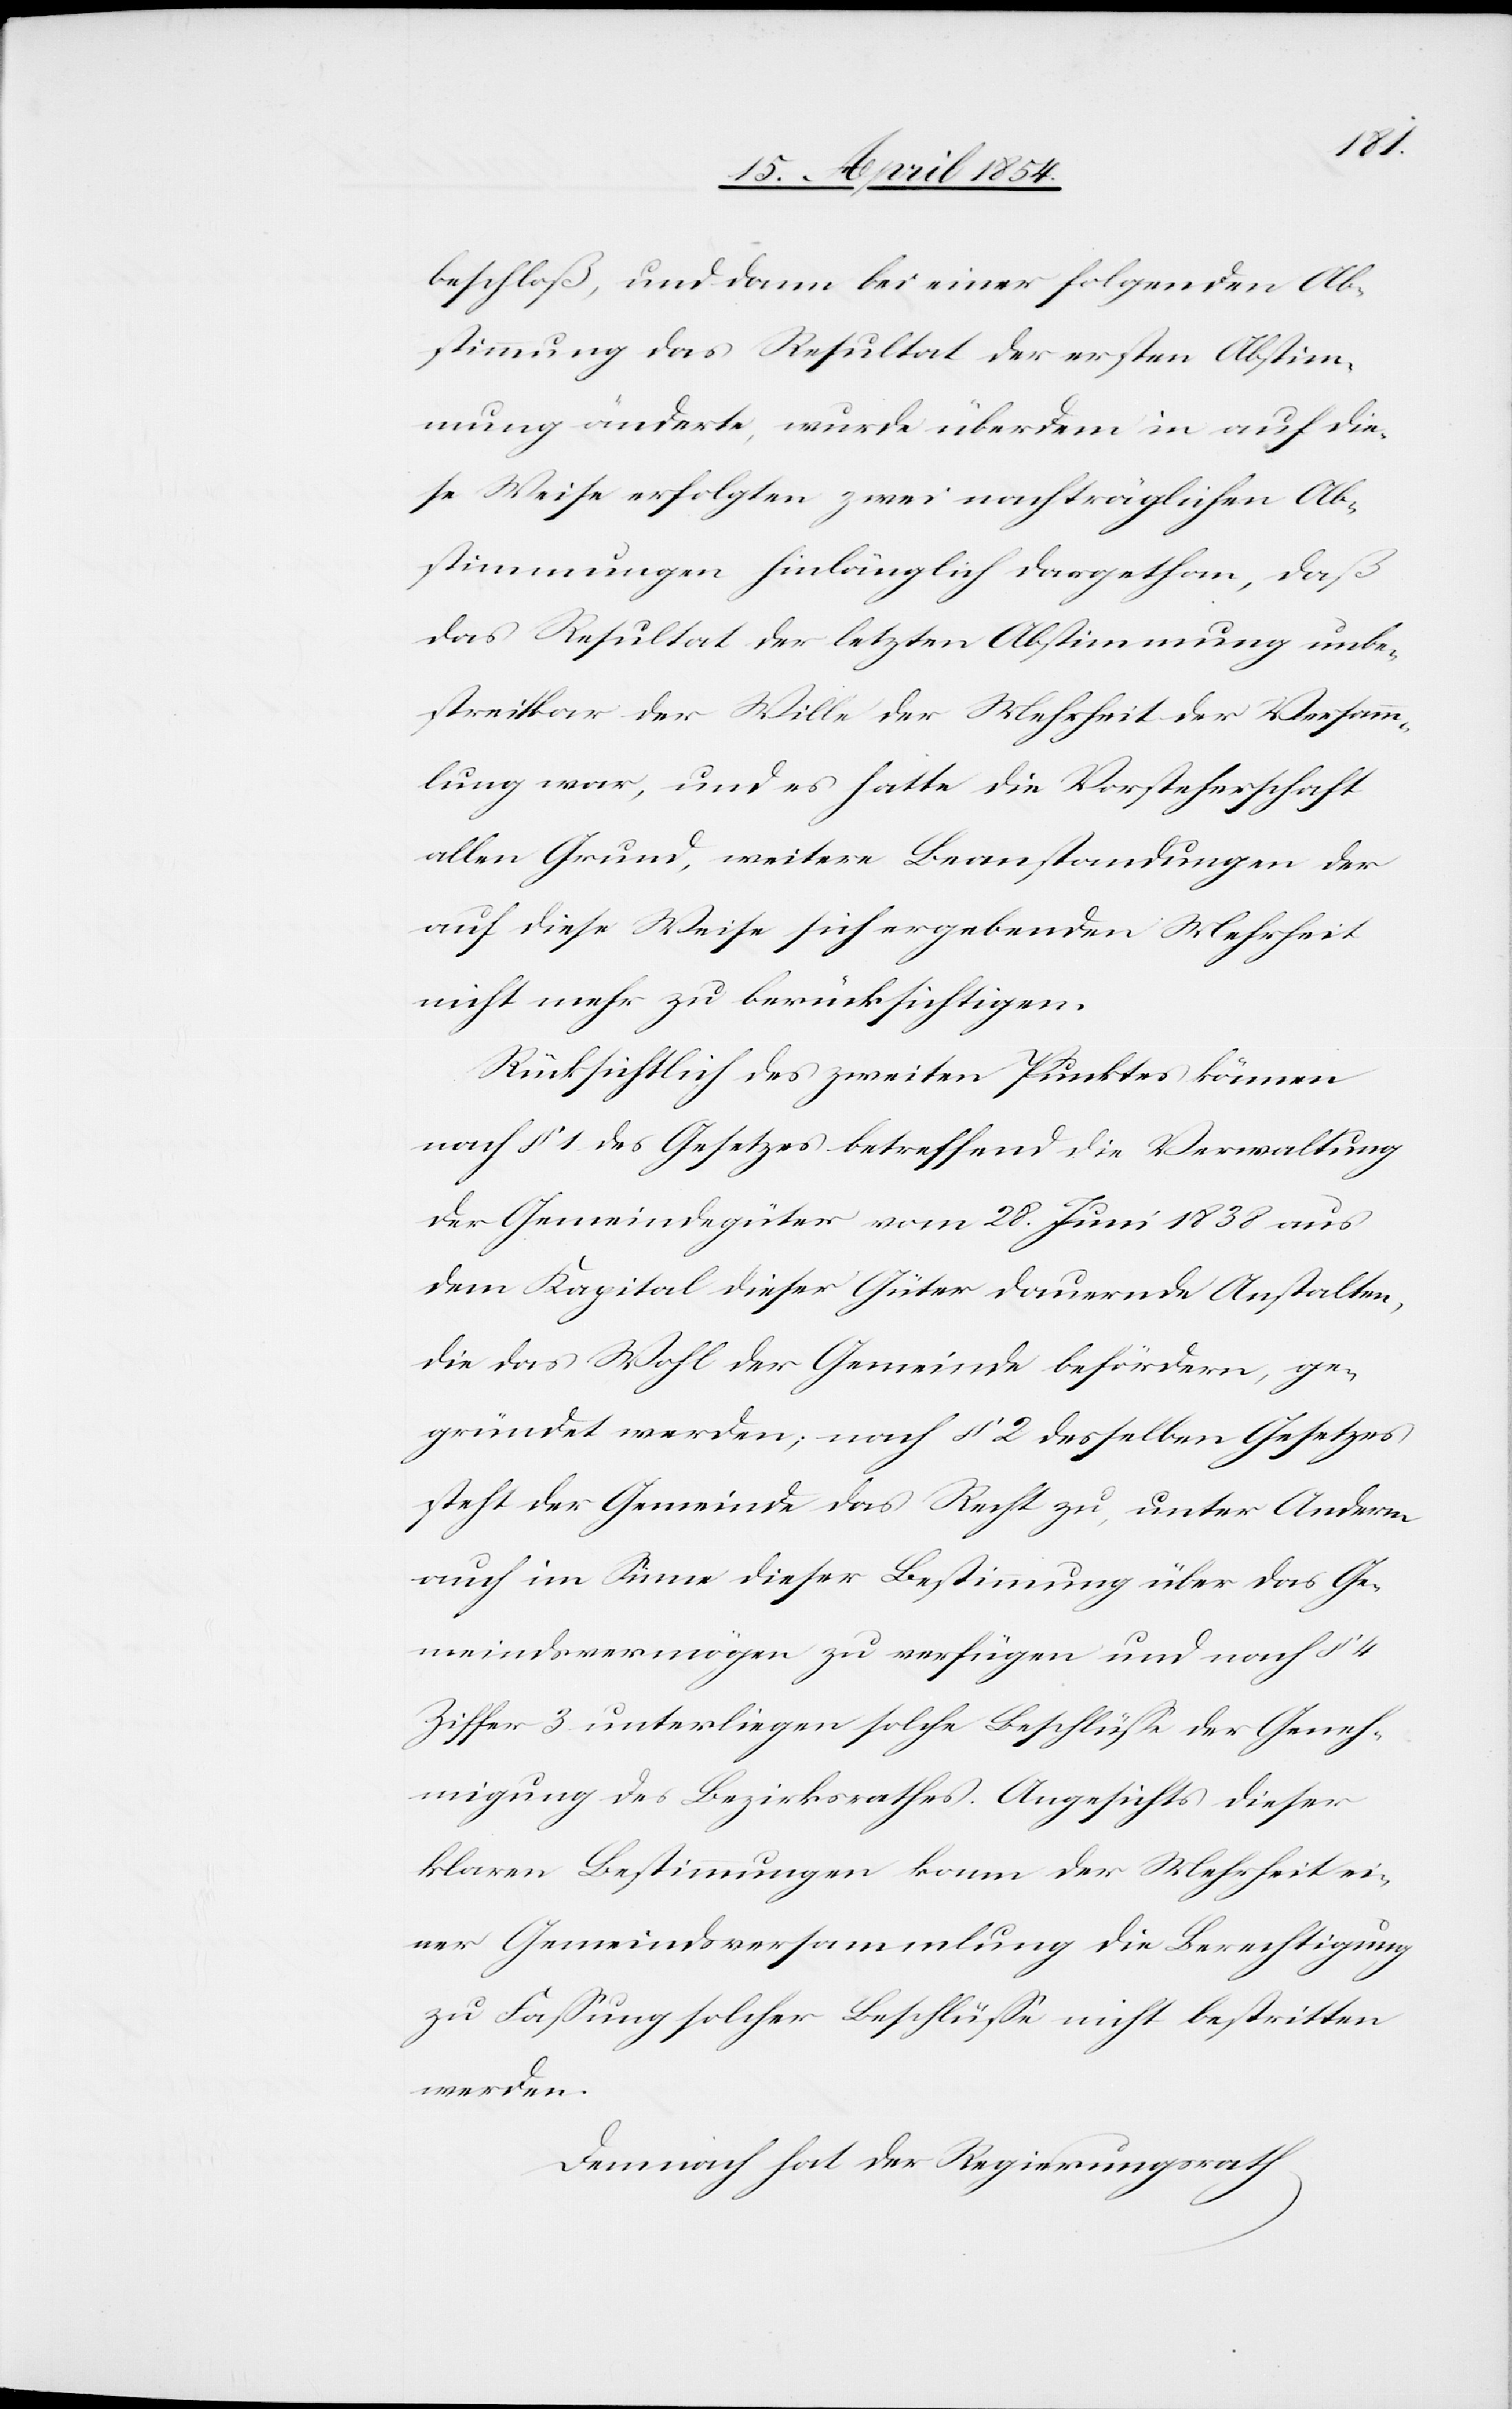
beschloß, und dann bei einer folgenden Ab¬
stimmung das Resultat der ersten Abstim¬
mung änderte, wurde über dem in auf die¬
se Weise erfolgten zwei nachträglichen Ab¬
stimmungen hinlänglich dargethan, daß
das Resultat der letzten Abstimmung unbe¬
streitbar der Wille der Mehrheit der Versamm¬
lung war, und es hatte die Vorsteherschaft
allen Grund, weitere Beanstandungen der
auf diese Weise sich ergebenden Mehrheit
nicht mehr zu berücksichtigen.
Rücksichtlich des zweiten Punktes können
nach § 1. des Gesetzes betreffend die Verwaltung
der Gemeindegüter vom 28. Juni 1838 aus
dem Kapital dieser Güter dauernde Anstalten,
die das Wohl der Gemeinde befördern, ge¬
gründet werden; nach § 2 desselben Gesetzes
steht der Gemeinde das Recht zu, unter Anderm
auch im Sinne dieser Bestimmung über das Ge¬
meindsvermögen zu verfügen und nach § 4
Ziffer 3 unterliegen solche Beschlüße der Geneh¬
migung des Bezirksrathes. Angesichts dieser
klaren Bestimmungen kann der Mehrheit ei¬
ner Gemeindsversammlung die Berechtigung
zu Faßung solcher Beschlüße nicht bestritten
werden.
Demnach hat der Regierungsrath